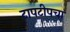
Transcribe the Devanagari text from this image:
टापटीपचा